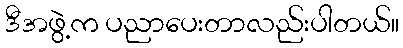
ဒီအဖွဲ့က ပညာပေးတာလည်းပါတယ်။